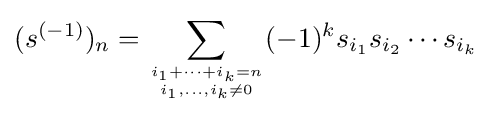
(s^{(-1)})_{n}=\sum _{{i_{1}+\dots +i_{k}=n} \atop {i_{1},\ldots ,i_{k}\neq 0}}(-1)^{k}s_{i_{1}}s_{i_{2}}\cdots s_{i_{k}}